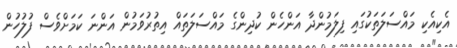
އެކިއެކި މައްސަލަތަކުގައި ފިލަމުންދާ އަންހެން ކުދިންގެ މައްސަލަތައް އިތުރުވަމުން އަންނަ ކަމަށްވެސް ފުލުހުން